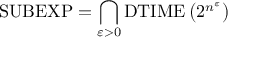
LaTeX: { \mathrm { S U B E X P } } = \bigcap _ { \varepsilon > 0 } { \mathrm { D T I M E } } \left( 2 ^ { n ^ { \varepsilon } } \right)